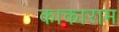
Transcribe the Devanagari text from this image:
काकाराम